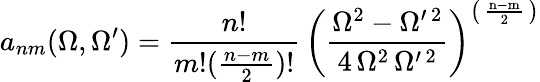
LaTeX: a_{nm}(\Omega,\Omega^{\prime})=\frac{n!}{m!(\frac{n-m}{2})!}\, \bigg({\displaystyle\frac{\Omega^{2}-\Omega^{\prime\, 2}}{4\, \Omega^{2}\, \Omega^{\prime\, 2}}}\bigg)^{\big(\mathrm{~\frac{n-m}{2}~}\big)}